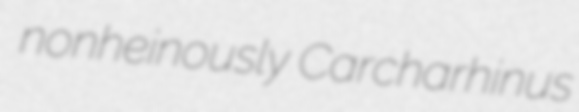
nonheinously Carcharhinus